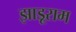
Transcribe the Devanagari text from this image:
झाड़ूराम